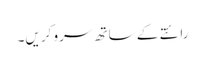
رائتے کے ساتھ سرو کریں۔